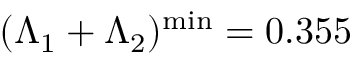
( \Lambda _ { 1 } + \Lambda _ { 2 } ) ^ { \mathrm { m i n } } = 0 . 3 5 5